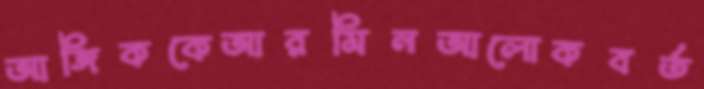
আঙ্গিককেআরমিনআলোকবর্ত